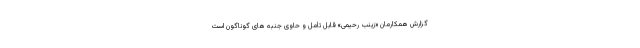
گزارش همکارمان «زینب رحیمی» قابل تأمل و حاوی جنبه های گوناگون است